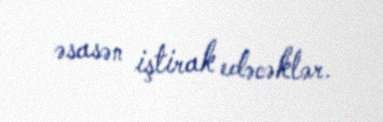
əsasən iştirak edəcəklər.